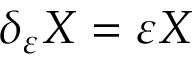
\delta _ { \varepsilon } X = \varepsilon X